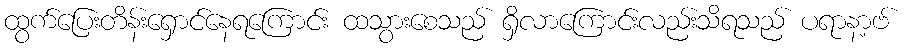
ထွက်ပြေးတိန်းရှောင်နေရကြောင်း ထသွားစေသည် ရှိလာကြောင်းလည်းသိရသည် ပရာနာ့ဗ်